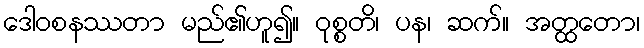
ဒေါဝစနဿတာ မည်၏ဟူ၍။ ဝုစ္စတိ၊ ပန၊ ဆက်။ အတ္ထတော၊